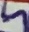
Text: 5